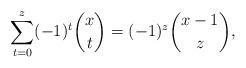
LaTeX: \begin{align*}\sum_{t=0}^z(-1)^t\binom xt = (-1)^z\binom{x-1}{z},\end{align*}